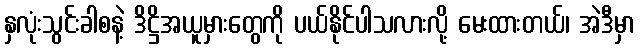
နှလုံးသွင်းခါစနဲ့ ဒိဋ္ဌိအယူမှားတွေကို ပယ်နိုင်ပါသလားလို့ မေးထားတယ်၊ အဲဒီမှာ